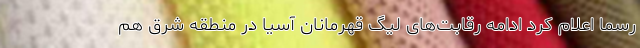
رسماً اعلام کرد ادامه رقابت‌های لیگ قهرمانان آسیا در منطقه شرق هم